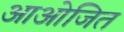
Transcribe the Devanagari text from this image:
आओजित